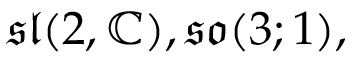
{ \mathfrak { s l } } ( 2 , \mathbb { C } ) , { \mathfrak { s o } } ( 3 ; 1 ) ,